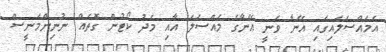
އެމައްސަލައިގައި އޭނާ ވަނީ އޭނާގެ މައްސަލަ އާއި މެދު ކޯޓުން ގޮތެއް ނުނިންމަނީސް